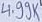
Text: 4.99K